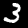
Digit: 3